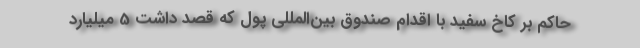
حاکم بر کاخ سفید با اقدام صندوق بین‌المللی پول که قصد داشت 5 میلیارد